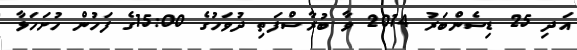
އަދި 25 ޑިސެންބަރު 2014 ވާ ބުރާސްފަތި ދުވަހުގެ 15:00ގެ ފަހުން ހުށަހަޅާ